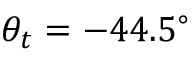
\theta _ { t } = - 4 4 . 5 ^ { \circ }